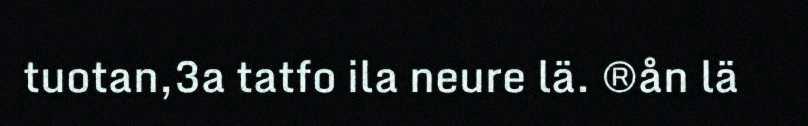
tuotan,3a tatfo ila neure lä. ®ån lä